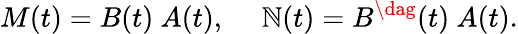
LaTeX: M(t)=B(t)~A(t),~~~~~\mathbb{N}(t)=B^{\dag}(t)~A(t).